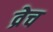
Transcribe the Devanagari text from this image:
व्रेच